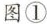
图①